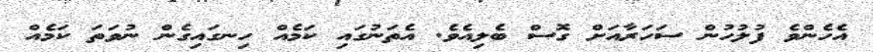
އެހެންވެ ފުލުހުން ސަހަރާއަށް ގޮސް ބެލިއެވެ. އެތަނުގައި ކަމެއް ހިނގައިގެން ނުވަތަ ކަމެއް